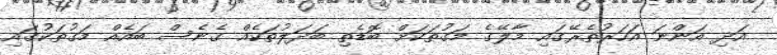
އަދި އަންނަ އަހަރުތެރޭގައި މާލޭގެ މަގުތަކަށް ބޮޑެތި ބަދަލުތަކެއް ގެނެސް ބައެއް މަގުތަކުގައި